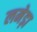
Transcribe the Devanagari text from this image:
लमेड़ा